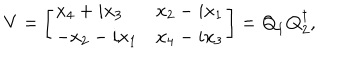
LaTeX: V = \left[ \begin{array} { l l } { { x _ { 4 } + i x _ { 3 } } } & { { x _ { 2 } - i x _ { 1 } } } \\ { { - x _ { 2 } - i x _ { 1 } } } & { { x _ { 4 } - i x _ { 3 } } } \\ \end{array} \right] = { \bf Q } _ { 1 } { \bf Q } _ { 2 } ^ { \dagger } ,